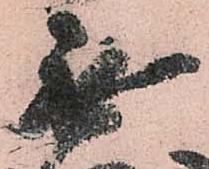
無